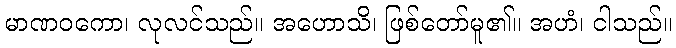
မာဏဝကော၊ လုလင်သည်။ အဟောသိ၊ ဖြစ်တော်မူ၏။ အဟံ၊ ငါသည်။